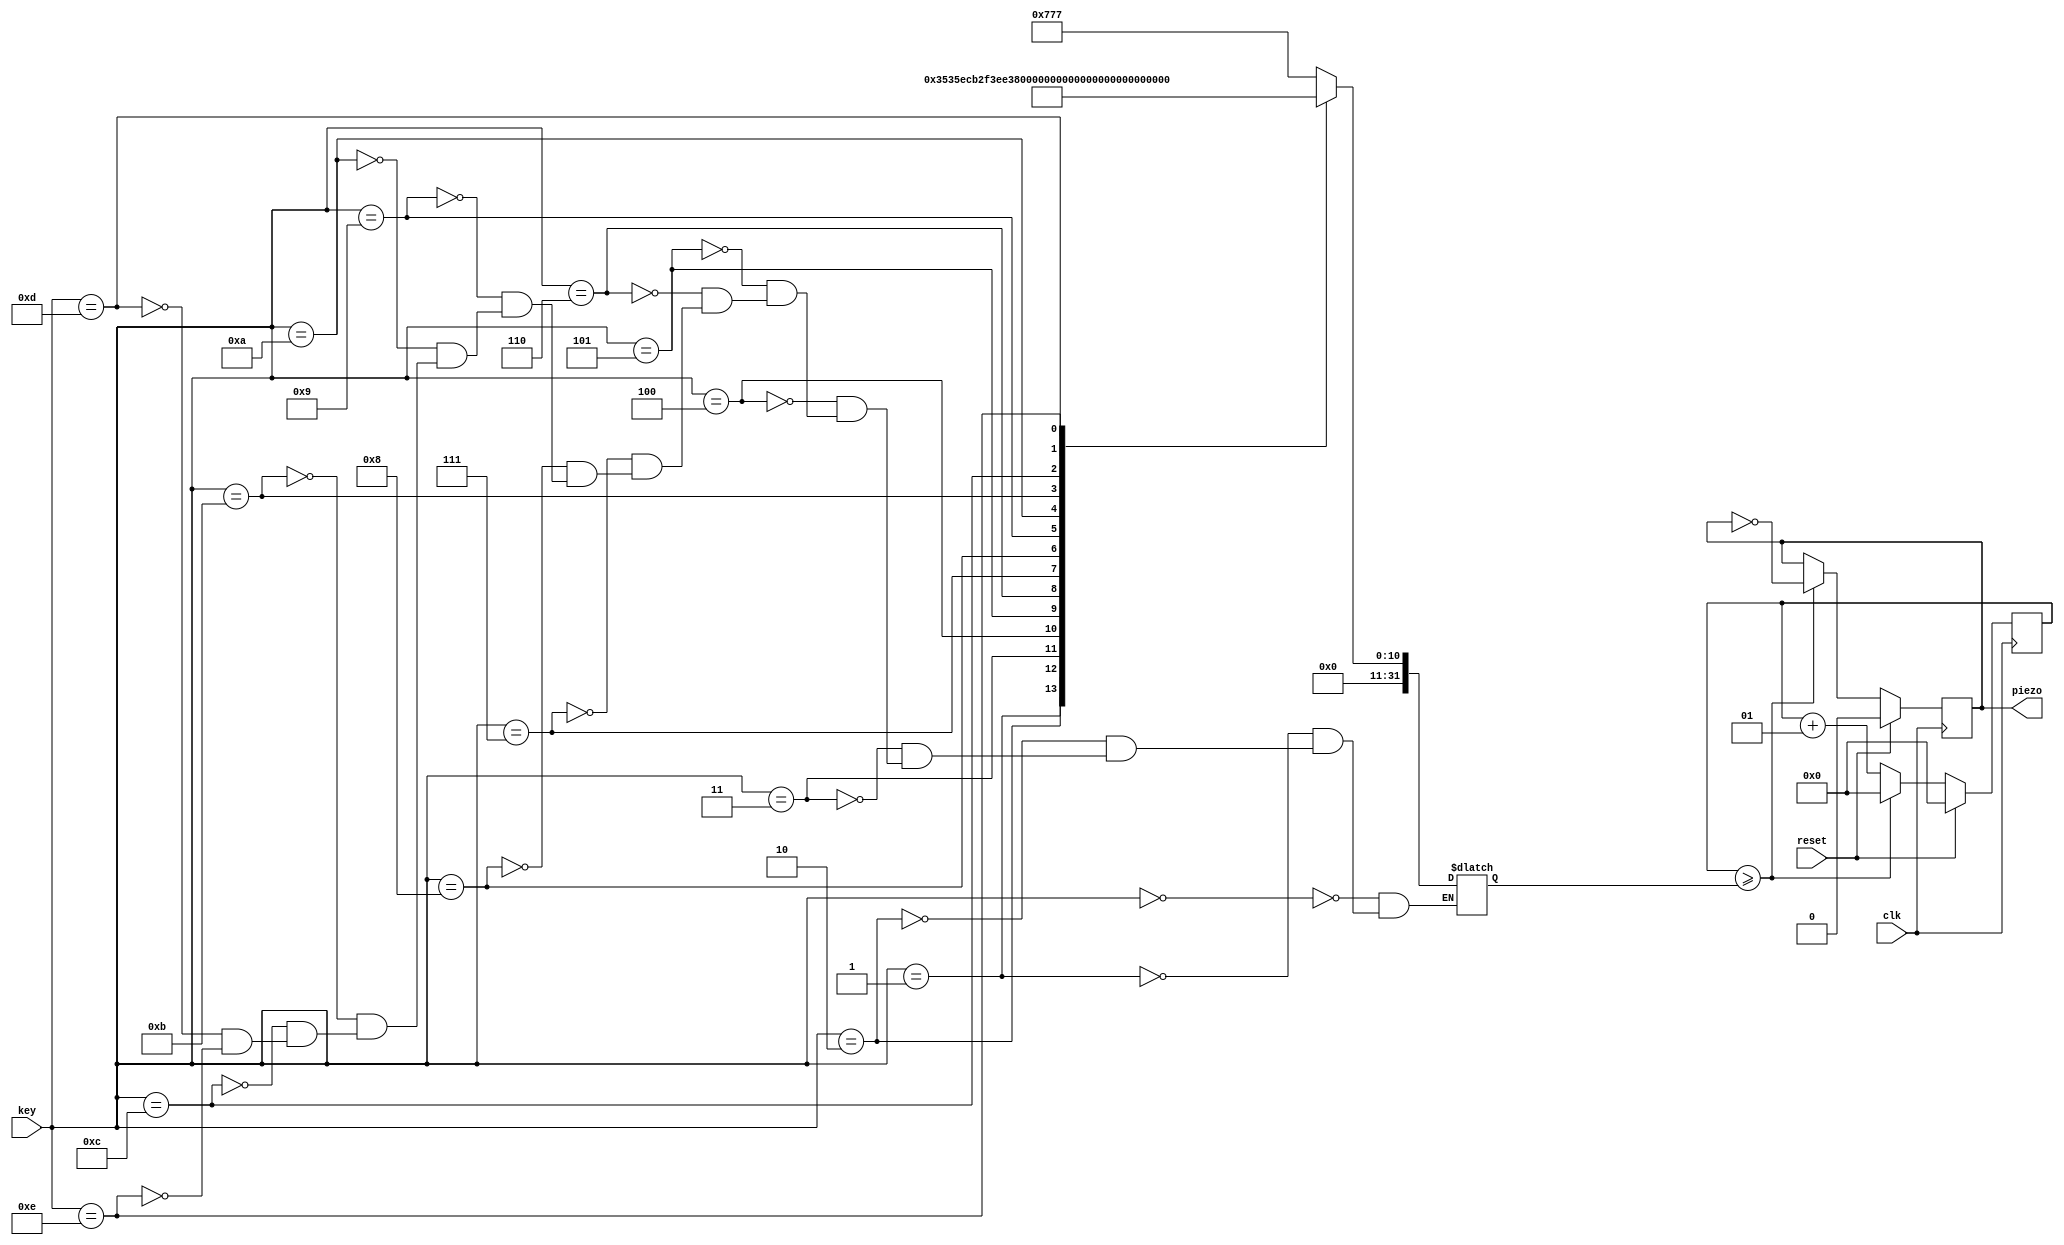

module doremi (reset, clk, key, piezo);
input clk,reset;
input[3:0] key;
output piezo;
reg buff;
integer cnt_sound, limit;
wire piezo;

always@(key)
begin
      case(key)
         4'd00:limit = 1911;
         4'd01:limit = 1702;
         4'd02:limit = 1516;
         4'd03:limit = 1431;
         4'd04:limit = 1275;
         4'd05:limit = 1136;
         4'd06:limit = 1012;
         4'd07:limit = 955;
         4'd08:limit = 851;
         4'd09:limit = 758;
         4'd10:limit = 715;
         4'd11:limit = 637;
         4'd12:limit = 568;
         4'd13:limit = 506;
         4'd14:limit=0;
      endcase
end

always@(posedge clk)
begin
   if(reset)
      begin
         buff=1'b0;
         cnt_sound=0;
      end
   else
      begin
         if(cnt_sound>=limit)
            begin
               cnt_sound = 0;
               buff = ~buff;
            end
         else
            cnt_sound = cnt_sound + 1;
      end
end
assign piezo=buff;

endmodule